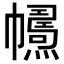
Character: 𢅱